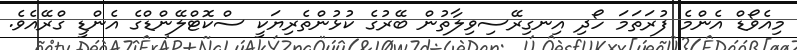
މިއެވޯޑް އެންމެ ފުރަތަމަ ހޯދި އިނގިރޭސިވިލާތުން ބޭރުގެ ކުޅުންތެރިޔަކީ ސްކޮޓްލޭންޑްގެ އެންޑީ ގްރޭއެވެ.